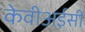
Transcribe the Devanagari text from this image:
केवीअईसी